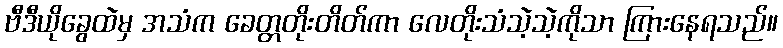
ဗီဒီယိုခွေထဲမှ အသံက ခေတ္တတိုးတိတ်ကာ လေတိုးသံသဲ့သဲ့ကိုသာ ကြားနေရသည်။